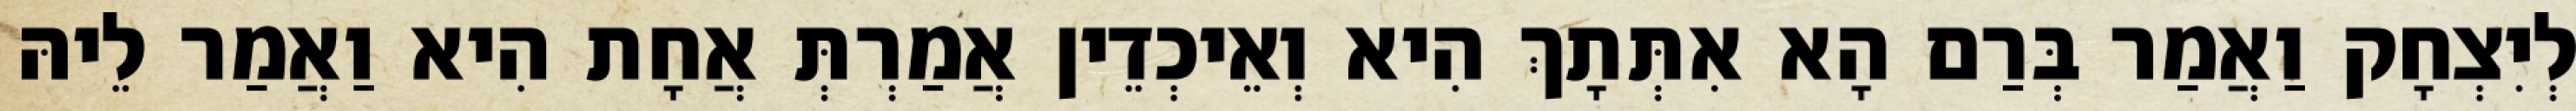
לְיִצְחָק וַאֲמַר בְּרַם הָא אִתְּתָךְ הִיא וְאֵיכְדֵין אֲמַרְתְּ אֲחָת הִיא וַאֲמַר לֵיהּ